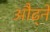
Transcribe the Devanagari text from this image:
औढ्ने